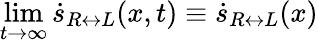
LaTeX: \operatorname*{lim}_{t\rightarrow\infty}\dot{s}_{R\leftrightarrow L}(x,t)\equiv\dot{s}_{R\leftrightarrow L}(x)